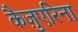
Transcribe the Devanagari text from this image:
कैज़ुएरिना